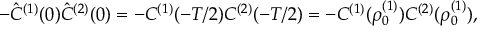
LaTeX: - \hat { C } ^ { ( 1 ) } ( 0 ) \hat { C } ^ { ( 2 ) } ( 0 ) = - C ^ { ( 1 ) } ( - T / 2 ) C ^ { ( 2 ) } ( - T / 2 ) = - C ^ { ( 1 ) } ( \rho _ { 0 } ^ { ( 1 ) } ) C ^ { ( 2 ) } ( \rho _ { 0 } ^ { ( 1 ) } ) ,